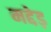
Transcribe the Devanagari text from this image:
मद्देड़